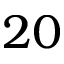
2 0